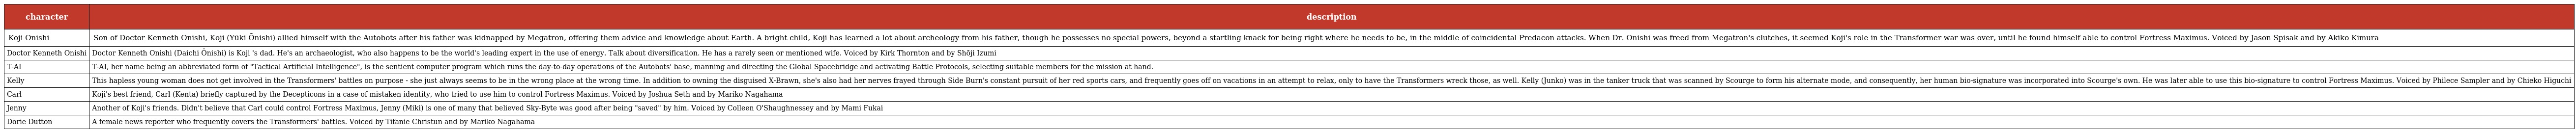
| character | description |
 | --- | --- |
 | Koji Onishi | Son of Doctor Kenneth Onishi, Koji (Yūki Ōnishi) allied himself with the Autobots after his father was kidnapped by Megatron, offering them advice and knowledge about Earth. A bright child, Koji has learned a lot about archeology from his father, though he possesses no special powers, beyond a startling knack for being right where he needs to be, in the middle of coincidental Predacon attacks. When Dr. Onishi was freed from Megatron's clutches, it seemed Koji's role in the Transformer war was over, until he found himself able to control Fortress Maximus. Voiced by Jason Spisak and by Akiko Kimura |
 | Doctor Kenneth Onishi | Doctor Kenneth Onishi (Daichi Ōnishi) is Koji 's dad. He's an archaeologist, who also happens to be the world's leading expert in the use of energy. Talk about diversification. He has a rarely seen or mentioned wife. Voiced by Kirk Thornton and by Shōji Izumi |
 | T-AI | T-AI, her name being an abbreviated form of "Tactical Artificial Intelligence", is the sentient computer program which runs the day-to-day operations of the Autobots' base, manning and directing the Global Spacebridge and activating Battle Protocols, selecting suitable members for the mission at hand. |
 | Kelly | This hapless young woman does not get involved in the Transformers' battles on purpose - she just always seems to be in the wrong place at the wrong time. In addition to owning the disguised X-Brawn, she's also had her nerves frayed through Side Burn's constant pursuit of her red sports cars, and frequently goes off on vacations in an attempt to relax, only to have the Transformers wreck those, as well. Kelly (Junko) was in the tanker truck that was scanned by Scourge to form his alternate mode, and consequently, her human bio-signature was incorporated into Scourge's own. He was later able to use this bio-signature to control Fortress Maximus. Voiced by Philece Sampler and by Chieko Higuchi |
 | Carl | Koji's best friend, Carl (Kenta) briefly captured by the Decepticons in a case of mistaken identity, who tried to use him to control Fortress Maximus. Voiced by Joshua Seth and by Mariko Nagahama |
 | Jenny | Another of Koji's friends. Didn't believe that Carl could control Fortress Maximus, Jenny (Miki) is one of many that believed Sky-Byte was good after being "saved" by him. Voiced by Colleen O'Shaughnessey and by Mami Fukai |
 | Dorie Dutton | A female news reporter who frequently covers the Transformers' battles. Voiced by Tifanie Christun and by Mariko Nagahama |